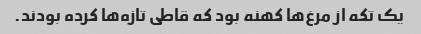
یک تکه از مرغ‌ها کهنه بود که قاطی تازه‌ها کرده بودند.